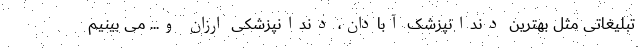
تبلیغاتی مثل بهترین دندانپزشک آبادان، دندانپزشکی ارزان و... می بینیم